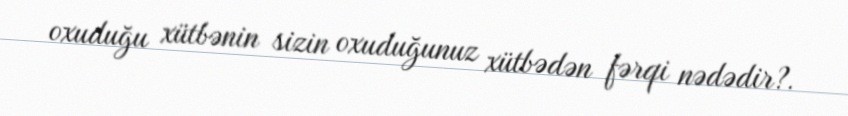
oxuduğu xütbənin sizin oxuduğunuz xütbədən fərqi nədədir?.